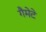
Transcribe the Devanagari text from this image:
गैमेटे